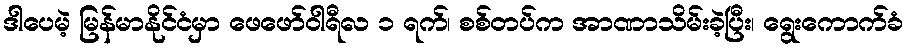
ဒါပေမဲ့ မြန်မာနိုင်ငံမှာ ဖေဖော်ဝါရီလ ၁ ရက်၊ စစ်တပ်က အာဏာသိမ်းခဲ့ပြီး၊ ရွေးကောက်ခံ